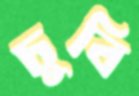
চুবি